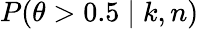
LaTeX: P(\theta>0.5\mid k,n)